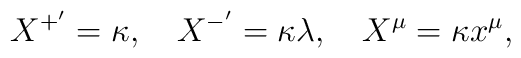
X^{+^{\prime }}=\kappa ,\quad X^{-^{\prime }}=\kappa \lambda ,\quad X^{\mu}=\kappa x^{\mu },